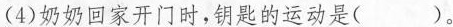
(4)奶奶回家开门时，钥匙的运动是()。